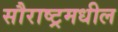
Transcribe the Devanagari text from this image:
सौराष्ट्रमधील